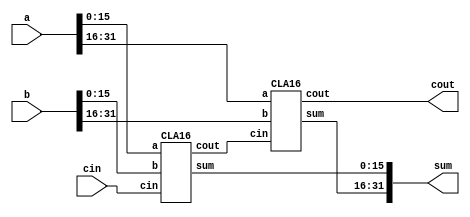
module adder_32_bit (
    input wire [31:0] a, b,
    input wire cin,
    output wire cout,
    output wire [31:0] sum
);

    wire cout1;

    CLA16 adder1(.a(a[15:0]), .b(b[15:0]), .cin(cin), .cout(cout1), .sum(sum[15:0]));
    CLA16 adder2(.a(a[31:16]), .b(b[31:16]), .cin(cout1), .cout(cout), .sum(sum[31:16]));

endmodule

module CLA16 (
    input wire [15:0] a, b,
    input wire cin,
    output wire cout,
    output wire [15:0] sum
);
    //Temp wires for internal signals
    wire cout1,cout2,cout3;

    //We will now instantiate 4 of the 4 bit CLA adders that we just created below to create a 16 bit adder
    CLA4 adder1(.a(a[3:0]), .b(b[3:0]), .cin(cin), .cout(cout1), .sum(sum[3:0]));
    CLA4 adder2(.a(a[7:4]), .b(b[7:4]), .cin(cout1), .cout(cout2), .sum(sum[7:4]));
    CLA4 adder3(.a(a[11:8]), .b(b[11:8]), .cin(cout2), .cout(cout3), .sum(sum[11:8]));
    CLA4 adder4(.a(a[15:12]), .b(b[15:12]), .cin(cout3), .cout(cout), .sum(sum[15:12]));
  
endmodule


module CLA4 (
    input wire [3:0] a, b,
    input wire cin,
    output wire [3:0] sum,
    output wire cout
);

    wire [3:0] p, g, c;

    //Assign the generate and propogate terms
    assign g = a & b;
    assign p = a ^ b;

    //Assign c0 to the cin, which would be coming from the previous CLA
    assign c[0] = cin;
    //Assign the rest of the carry bits based on the generate and propagate function for a CLA
    //Source : https://www.gatevidyalay.com/carry-look-ahead-adder/
    assign c[1] = (c[0] & p[0]) | g[0];
    assign c[2] = (c[0] & p[0] & p[1]) | (g[0] & p[1]) | g[1];
    assign c[3] = (c[0] & p[0] & p[1] & p[2]) | (g[0] & p[1] & p[2]) | (g[1] & p[2]) | g[2];
    assign cout = (c[0] & p[0] & p[1] & p[2] & p[3]) | (g[0] & p[1] & p[2] & p[3]) | (g[1] & p[2] & p[3]) | (g[2] & p[3]) | g[3];

    //assign the sum
    assign sum [3:0] = p^c;

endmodule